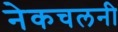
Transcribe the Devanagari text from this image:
नेकचलनी